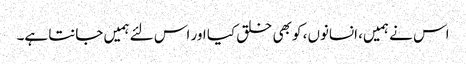
اس نے ہمیں، انسانوں، کو بھی خلق کیا اور اس لئے ہمیں جانتا ہے۔